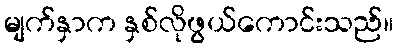
မျက်နှာက နှစ်လိုဖွယ်ကောင်းသည်။